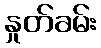
နှုတ်ခမ်း